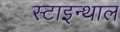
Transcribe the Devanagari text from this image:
स्टाइन्थाल